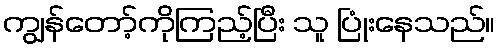
ကျွန်တော့်ကိုကြည့်ပြီး သူ ပြုံးနေသည်။